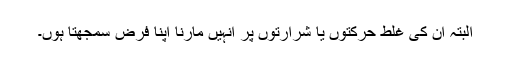
البتہ ان کی غلط حرکتوں یا شرارتوں پر انہیں مارنا اپنا فرض سمجھتا ہوں۔